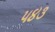
૫૪૩